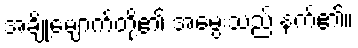
အချို့မျောက်တို့၏ အမွေးသည် နက်၏။